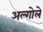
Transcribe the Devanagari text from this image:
अल्गोले